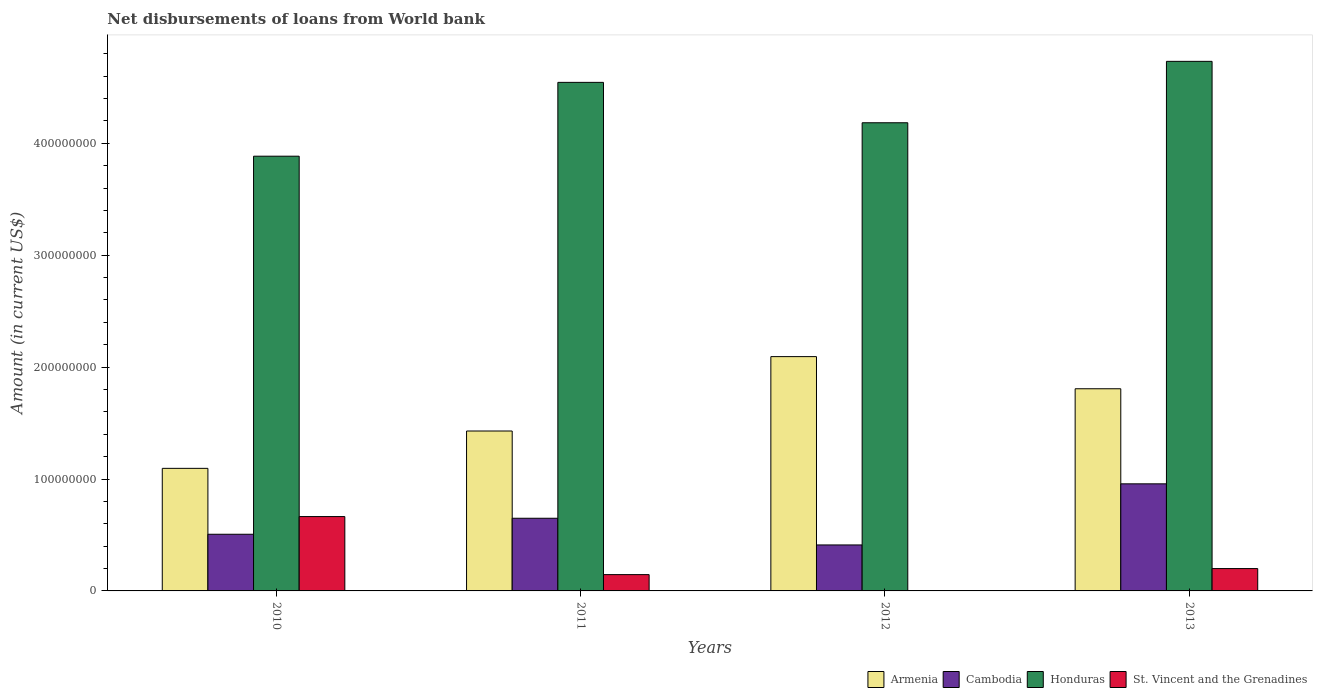
| Years | Armenia | Cambodia | Honduras | St. Vincent and the Grenadines |
 | --- | --- | --- | --- | --- |
 | 2010 | 1.1e+08 | 5.06e+07 | 3.88e+08 | 6.64e+07 |
 | 2011 | 1.43e+08 | 6.49e+07 | 4.54e+08 | 1.46e+07 |
 | 2012 | 2.09e+08 | 4.11e+07 | 4.18e+08 | -8.14e+06 |
 | 2013 | 1.81e+08 | 9.57e+07 | 4.73e+08 | 2e+07 |